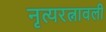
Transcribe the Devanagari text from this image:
नृत्यरत्नावली